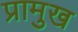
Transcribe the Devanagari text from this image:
प्रामुख